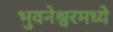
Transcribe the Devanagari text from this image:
भुवनेश्वरमध्ये